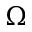
\Omega